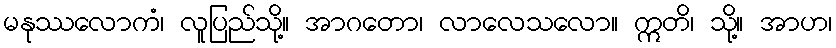
မနုဿလောကံ၊ လူပြည်သို့။ အာဂတော၊ လာလေသလော။ ဣတိ၊ သို့။ အာဟ၊